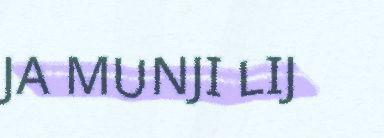
JA MUNJI LIJ